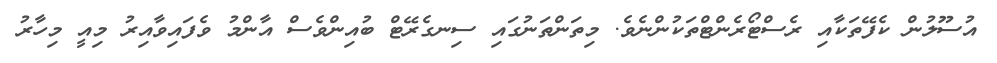
އުސޫލުން ކެފޭތަކާއި ރެސްޓޯރެންޓްތަކުންނެވެ. މިތަންތަނުގައި ސިނގެރޭޓް ބުއިންވެސް އާންމު ވެފައިވާއިރު މިއީ މިހާރު